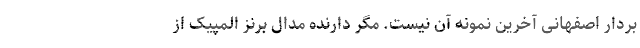
‌بردار اصفهانی آخرین نمونه آن نیست. مگر دارنده مدال برنز المپیک از